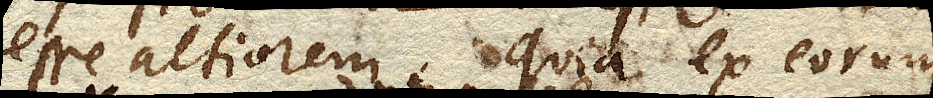
altiorem, quia ex eorum